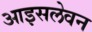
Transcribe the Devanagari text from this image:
आइसलेवन